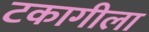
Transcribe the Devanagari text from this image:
टकागीला